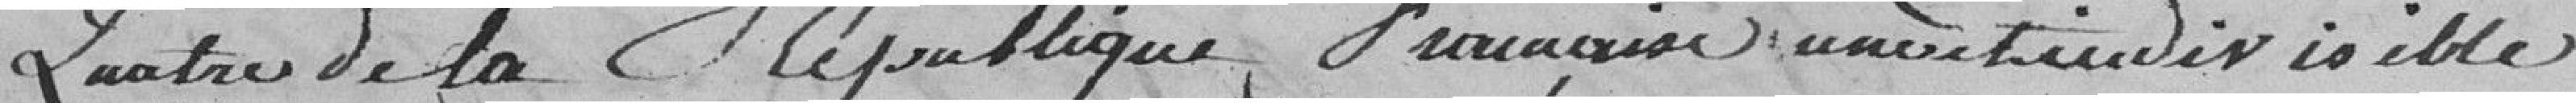
quatre de la République française une et indivisible